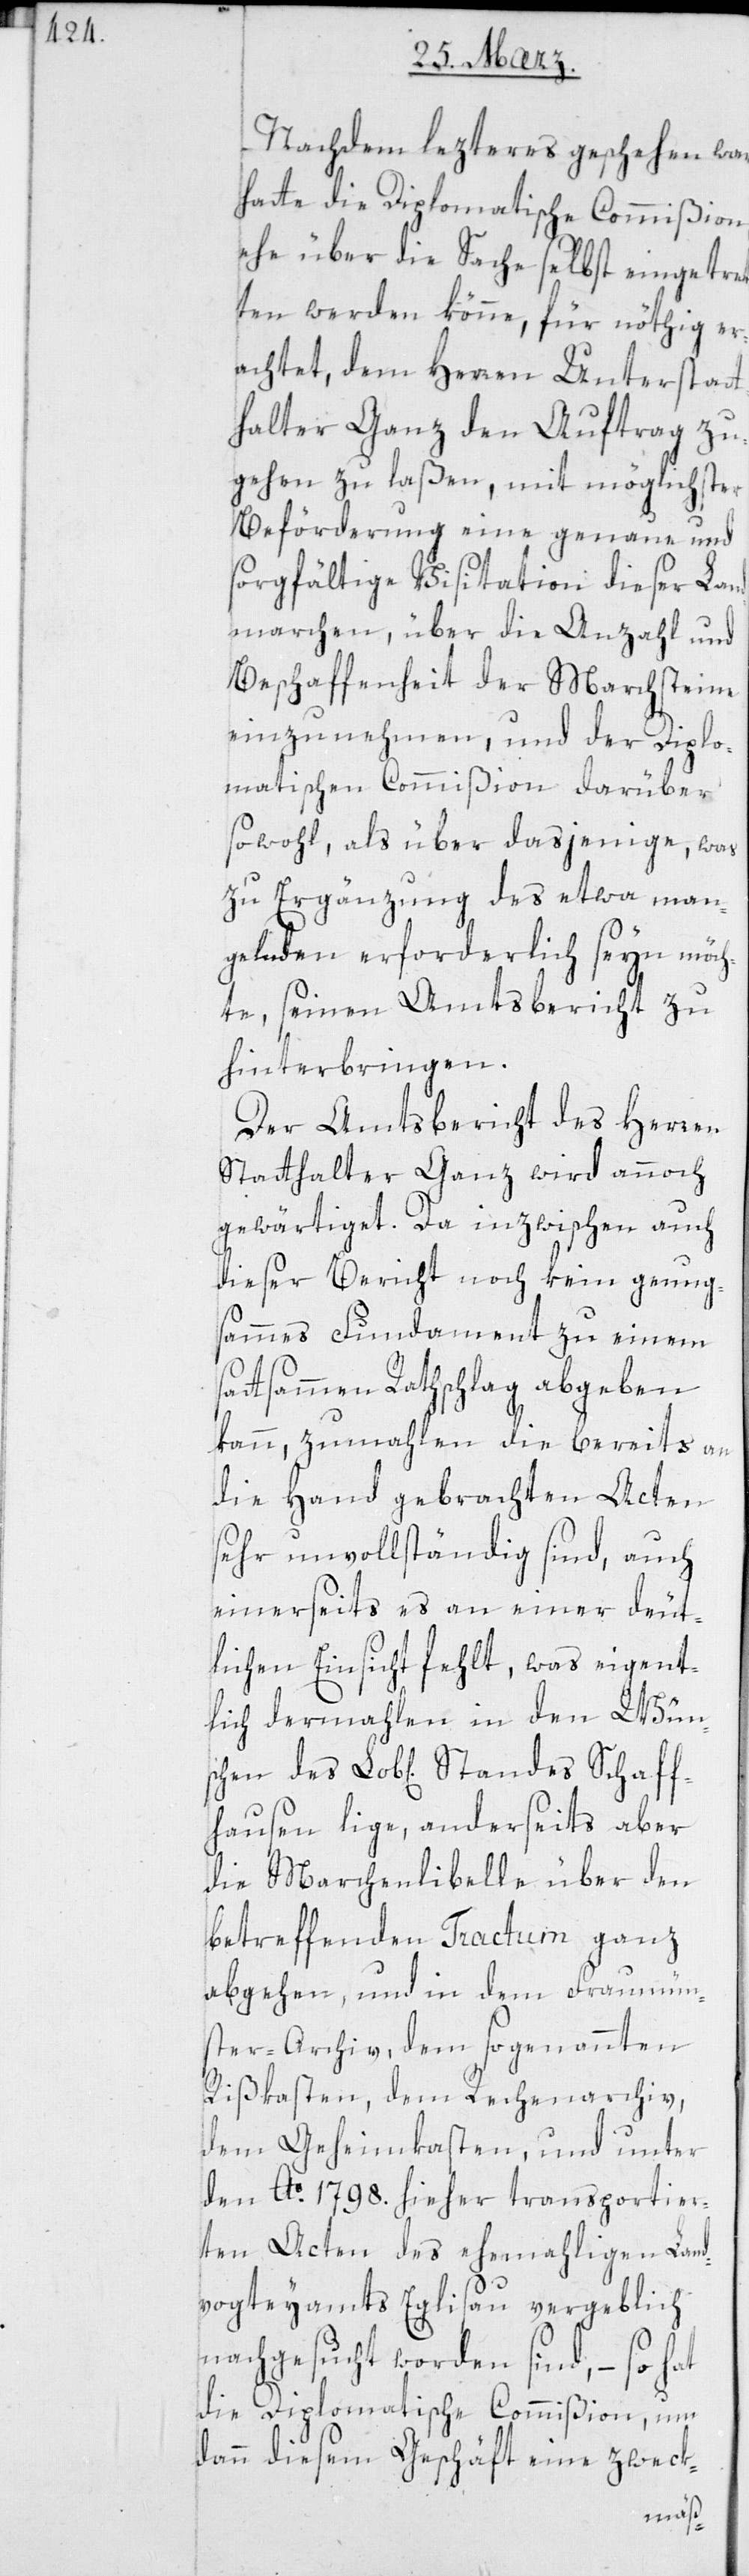
Nachdem lezteres geschehen war,
hatte die Diplomatische Commißion,
ehe über die Sache selbst eingetre¬
ten werden könne, für nöthig er¬
achtet, dem Herren Unterstatt¬
halter Ganz den Auftrag zu¬
gehen zu laßen, mit möglichster
Beförderung eine genaue und
sorgfältige Visitation dieser Land¬
marchen, über die Anzahl und
Beschaffenheit der Marchsteine
einzunehmen, und der Diplo¬
matischen Commißion darüber
sowohl, als über dasjenige, was
zu Ergänzung des etwa Man¬
gelnden erforderlich seyn sein
te, seinen Amtsbericht zu
hinterbringen.
Der Amtsbericht des Herren
Statthalter Ganz wird annoch
gewärtiget. Da inzwischen auch
dieser Bericht noch kein genug¬
sammes Fundament zu einem
sattsamen Rathschlag abgeben
kann, zumahlen die bereits an
die Hand gebrachten Acten
sehr unvollständig sind, auch
einerseits es an einer deut¬
lichen Einsicht fehlt, was eigent¬
lich dermahlen in den Wün¬
fhausen liege, anderseits aber
die Marchenlibelle über den
betreffenden Tractum ganz
abgehen, und in dem Fraumün¬
ster-Archiv, dem sogenannten
Rißkasten, dem Rechenarchiv,
dem Geheimkasten, und unter
den Ao. 1798. hieher transportier¬
ten Acten des ehemahligen Land¬
vogteyamts Eglisau vergeblich
nachgesucht worden sind, – so hat
die Diplomatische Commißion, um
dann diesem Geschäft eine zweck-
Schaf¬